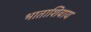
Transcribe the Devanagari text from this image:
भाताशिवाय